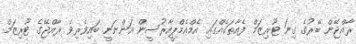
ރާއްޖޭން ބޭރުގެ ގިނަ ޓޫރިޒަމް ފެއާތަކެއްގައި އެމްއެމްޕީއާރުސީން އަންނަނީ ބައިވެރިވެ ރާއްޖޭގެ ޓޫރިޒަމް